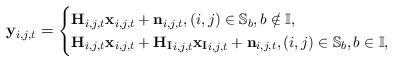
LaTeX: \begin{align*}\small\mathbf{y}_{i,j,t} = \begin{cases}\mathbf{H}_{i,j,t} \mathbf{x}_{i,j,t} + \mathbf{n}_{i,j,t}, (i,j) \in \mathbb{S}_b, b \notin \mathbb{I},\\\mathbf{H}_{i,j,t} \mathbf{x}_{i,j,t} + \mathbf{H_I}_{i,j,t} \mathbf{x_I}_{i,j,t} + \mathbf{n}_{i,j,t}, (i,j) \in \mathbb{S}_b, b\in \mathbb{I},\end{cases}\end{align*}